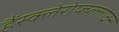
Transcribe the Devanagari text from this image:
हैंस्क्लेरोफ्य्ल्लोउस